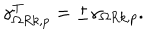
\gamma _ { \Omega R k , p } ^ { T } = \pm \gamma _ { \Omega R k , p } .